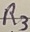
Text: R3